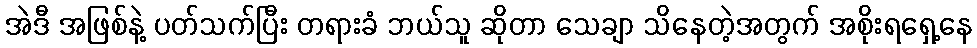
အဲဒီ အဖြစ်နဲ့ ပတ်သက်ပြီး တရားခံ ဘယ်သူ ဆိုတာ သေချာ သိနေတဲ့အတွက် အစိုးရရှေ့နေ